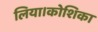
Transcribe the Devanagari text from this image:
लिया।कोशिका